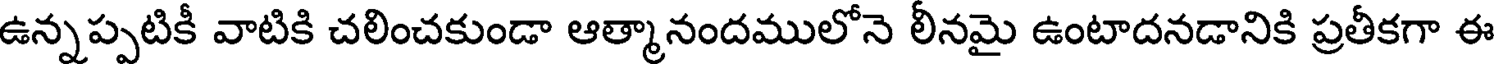
ఉన్నప్పటికీ వాటికి చలించకుండా ఆత్మానందములోనె లీనమై ఉంటాదనడానికి ప్రతీకగా ఈ